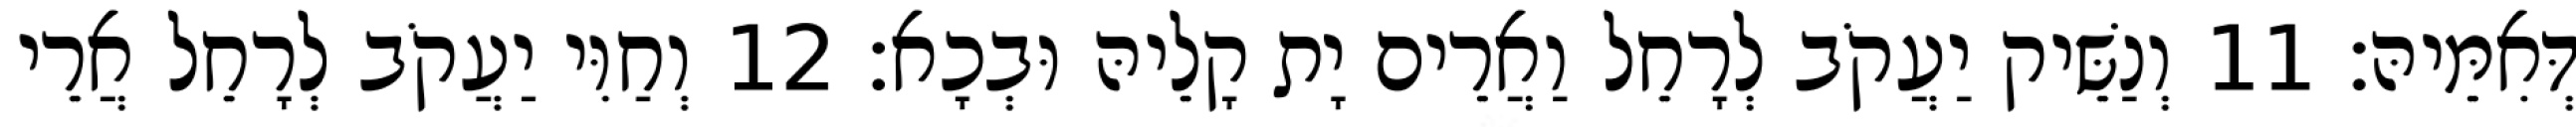
דְּאִמֵּיהּ׃ 11 וְנַשֵּׁיק יַעֲקֹב לְרָחֵל וַאֲרֵים יָת קָלֵיהּ וּבְכָא׃ 12 וְחַוִּי יַעֲקֹב לְרָחֵל אֲרֵי